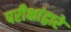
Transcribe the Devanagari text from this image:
परीक्षांद्वारे